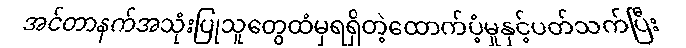
အင်တာနက်အသုံးပြုသူတွေထံမှရရှိတဲ့ထောက်ပံ့မှုနှင့်ပတ်သက်ပြီး